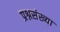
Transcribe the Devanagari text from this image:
प्रश्नसंख्या